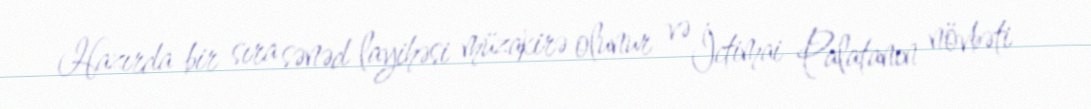
Hazırda bir sıra sənəd layihəsi müzakirə olunur və İctimai Palatanın növbəti